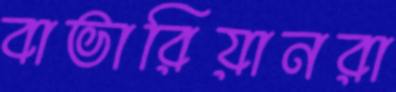
বাভারিয়ানরা